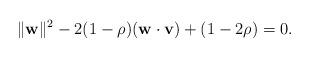
LaTeX: \begin{align*}\|\mathbf w\|^2 - 2(1-\rho)( \mathbf w \cdot \mathbf v) + (1-2\rho) = 0.\end{align*}